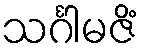
သင်္ဂါမဇိံ